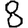
Digit: 8